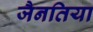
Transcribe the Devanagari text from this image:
जैनतिया